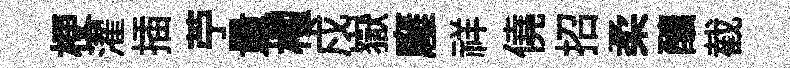
梗濯插苧量櫂戍嶽廱祥僥招柔釀截